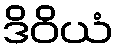
ဒိဝိယံ